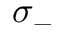
\sigma _ { - }